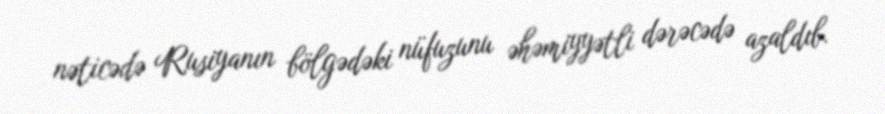
nəticədə Rusiyanın bölgədəki nüfuzunu əhəmiyyətli dərəcədə azaldıb.